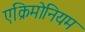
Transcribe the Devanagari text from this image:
एक्रिमोनियम